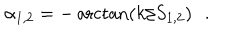
\alpha _ { 1 , 2 } = - \operatorname { a r c t a n } ( k / S _ { 1 , 2 } ) \, \ \ .